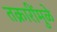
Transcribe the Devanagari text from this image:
तक्रारींमुळे